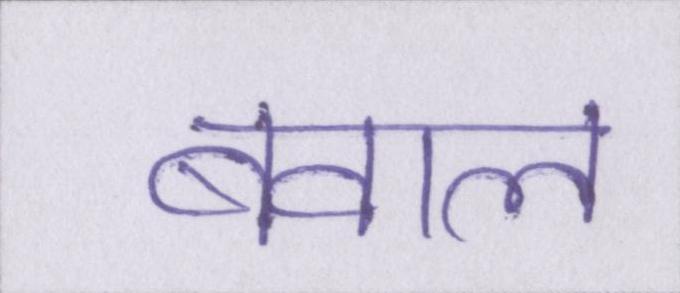
बवाल